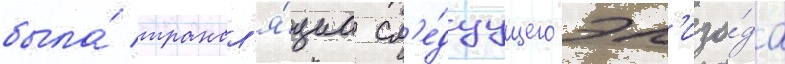
была́ трансл'я́циа сл'е́дуущего эп'изо́да